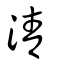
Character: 清